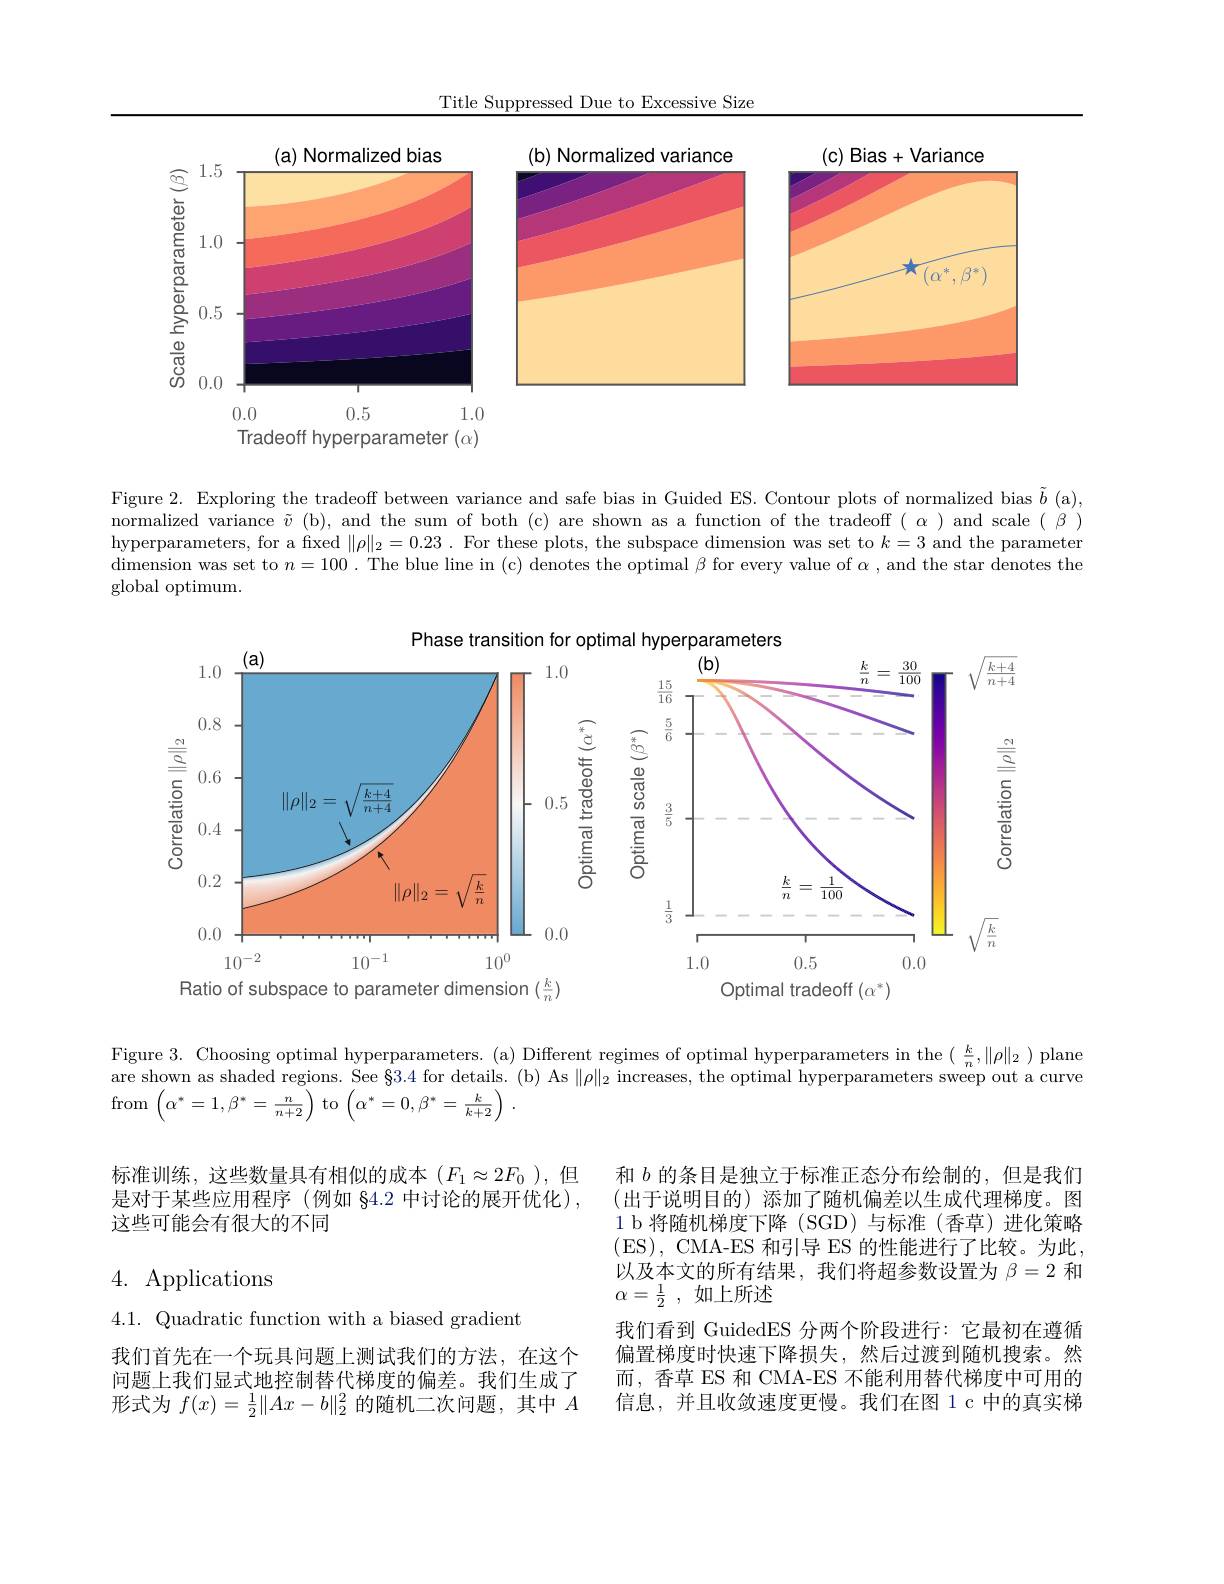
Title Suppressed Due to Excessive Size

<FigureHere>
Tradeoff hyperparameter $(\alpha)$

Figure 2. Exploring the tradeoff between variance and safe bias in Guided ES. Contour plots of normalized bias $\tilde{b}$ (a), normalized variance $\tilde{v}$ (b), and the sum of both (c) are shown as a function of the tradeoff $(\alpha)$ and scale $(\beta)$ hyperparameters, for a fixed $\|\rho\|_2=0.23.$ For these plots, the subspace dimension was set to $k=3$ and the parameter dimension was set to $n=100.$ The blue line in (c) denotes the optimal $\beta$ for every value of $\alpha$, and the star denotes the global optimum.

Phase transition for optimal
<FigureHere>

Figure 3. Choosing optimal hyperparameters. (a) Different regimes of optimal hyperparameters in the $(\frac kn,\|\rho\|_2)$ plane are shown as shaded regions. See §3.4 for details. (b) As $\|\rho\|_2$ increases, the optimal hyperparameters sweep out a curve $\operatorname{from}\left(\alpha^{*}=1,\beta^{*}=\frac{n}{n+2}\right)$to$\left(\alpha^{*}=0,\beta^{*}=\frac{k}{k+2}\right)$

标准训练，这些数量具有相似的成本$(F_1\approx2F_0)$,但是对于某些应用程序(例如 §4.2 中讨论的展开优化), 这些可能会有很大的不同

## 4. Applications

和$b$的条目是独立于标准正态分布绘制的，但是我们(出于说明目的)添加了随机偏差以生成代理梯度。图1 b 将随机梯度下降 (SGD)与标准 (香草)进化策略(ES), CMA-ES 和引导 ES 的性能进行了比较。为此， 以及本文的所有结果，我们将超参数设置为$\beta=2$和$\alpha = \frac 12$ , 如上所述
我们看到 GuidedES 分两个阶段进行：它最初在遵循偏置梯度时快速下降损失，然后过渡到随机搜索。然而，香草 ES 和 CMA-ES 不能利用替代梯度中可用的信息，并且收敛速度更慢。我们在图 1 c 中的真实梯

4.1. Quadratic function with a biased gradient

我们首先在一个玩具问题上测试我们的方法，在这个问题上我们显式地控制替代梯度的偏差。我们生成了形式为$f(x)=\frac12\|Ax-b\|_{2}^{2}$的随机二次问题，其中$A$